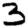
Digit: 3